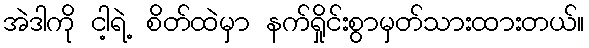
အဲဒါကို ငါ့ရဲ့ စိတ်ထဲမှာ နက်ရှိုင်းစွာမှတ်သားထားတယ်။